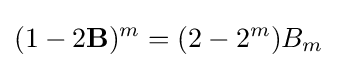
(1-2\mathbf {B} )^{m}=(2-2^{m})B_{m}